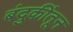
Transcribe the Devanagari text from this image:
बंदुकींतून